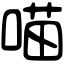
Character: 喵